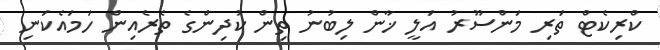
ކްރިކެޓް ތަރި މަންސޫރު އަލީ ޚާން ލިބުނު ތިން ކުދިންގެ ތެރެއިން ހަމައެކަނި